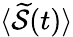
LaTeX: \langle\widetilde{\mathcal{S}}(t)\rangle